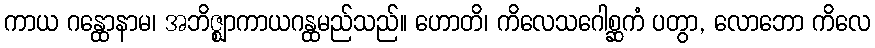
ကာယ ဂန္ထောနာမ၊ အဘိဇ္ဈာကာယဂန္ထမည်သည်။ ဟောတိ၊ ကိလေသဂေါစ္ဆကံ ပတွာ, လောဘော ကိလေ